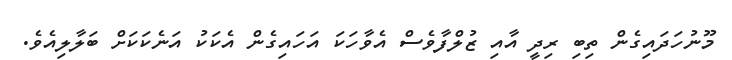
މޫނުހަދައިގެން ތިބި ރިދީ އާއި ޒުލްފާވެސް އެވާހަކަ އަހައިގެން އެކަކު އަނެކަކަށް ބަލާލިއެވެ.